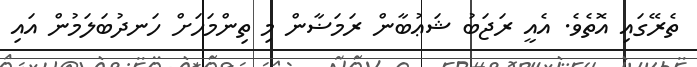
ތެރޭގައި އޮތެވެ. އެއީ ރަޖަބު ޝަޢުބާން ރަމަޟާން މި ތިންމަހަށް ހަނދުބަލަމުން އައި